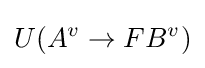
U(A^{v}\to FB^{v})